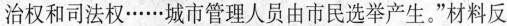
治权和司法权······城市管理人员由市民选举产生。”材料反